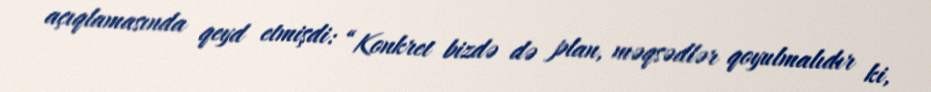
açıqlamasında qeyd etmişdi: “Konkret bizdə də plan, məqsədlər qoyulmalıdır ki,